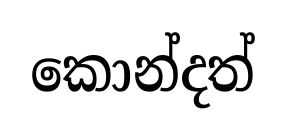
කොන්දත්